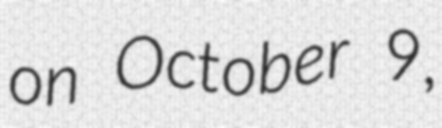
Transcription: on October 9,